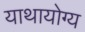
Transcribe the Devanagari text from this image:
याथायोग्य